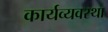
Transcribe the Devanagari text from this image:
कार्यव्यवस्था